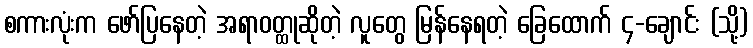
စကားလုံးက ဖော်ပြနေတဲ့ အရာဝတ္ထုဆိုတဲ့ လူတွေ မြန်နေရတဲ့ ခြေထောက် ၄-ချောင်း (သို့)